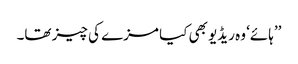
’’ہائے‘ وہ ریڈیو بھی کیا مزے کی چیز تھا۔